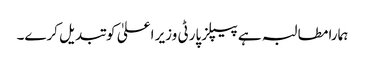
ہمارا مطالبہ ہے پیپلز پارٹی وزیر اعلیٰ کو تبدیل کرے۔